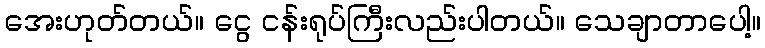
အေးဟုတ်တယ်။ ငွေ ငန်းရုပ်ကြီးလည်းပါတယ်။ သေချာတာပေါ့။